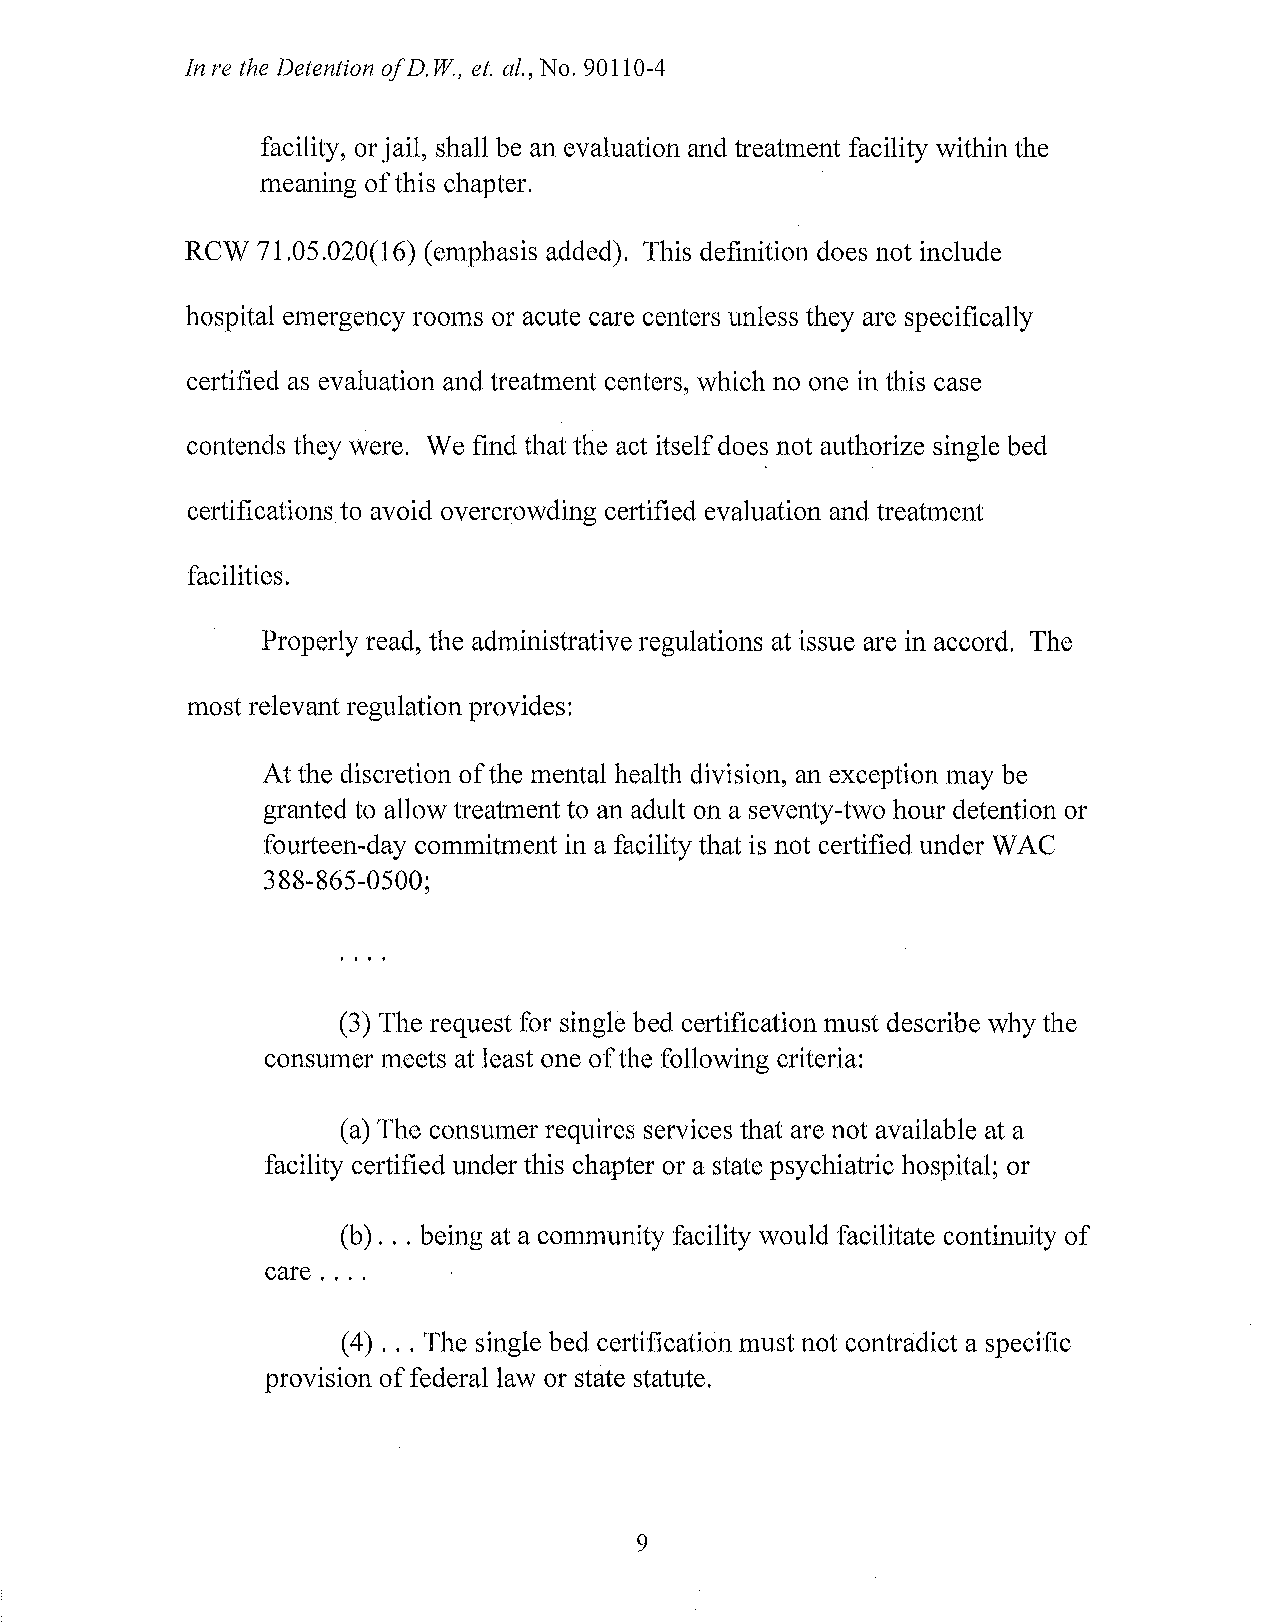
In re the Detention of D. W, et. al., No. 90110-4
 facility, or jail, shall be an evaluation and treatment facility within the
 meaning ofthis chapter.
 RCW  71.05.020(16) (emphasis added). This definition does not include
 hospital emergency rooms or acute care centers unless they are specifically
 certified as evaluation and treatment centers, which no one in this case
 contends they were. We find that the act itself does not authorize single bed
 certifications to avoid overcrowding certified evaluation and treatment
 facilities.
 Properly read, the administrative regulations at issue are in accord. The
 most relevant regulation provides:
 At the discretion of the mental health division, an exception may be
 granted to allow treatment to an adult on a seventy-two hour detention or
 fourteen-day commitment in a facility that is not certified under WAC
 388-865-0500;
 (3) The request for single bed certification must describe why the
 consumer meets at least one of the following criteria:
 (a) The consumer requires services that are not available at a
 facility certified under this chapter or a state psychiatric hospital; or
 (b) ... being at a community facility would facilitate continuity of
 care ....
 (4 ) ... The single bed certification must not contradict a specific
 provision of federal law or state statute.
 9